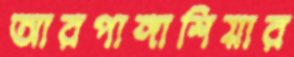
আরপাঙ্গাশিয়ার